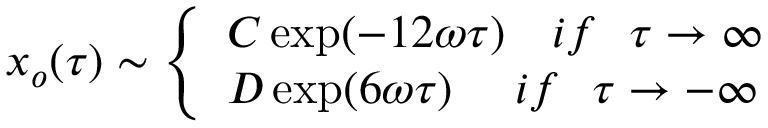
x _ { o } ( \tau ) \sim \left\{ \begin{array} { l } { { C \exp ( - 1 2 \omega \tau ) \ \ \ i f \ \ \tau \rightarrow \infty } } \\ { { D \exp ( 6 \omega \tau ) \ \ \ \ i f \ \ \tau \rightarrow - \infty } } \end{array} \right.